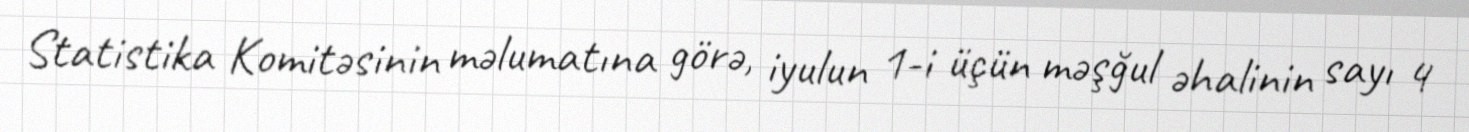
Statistika Komitəsinin məlumatına görə, iyulun 1-i üçün məşğul əhalinin sayı 4